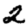
Digit: 2